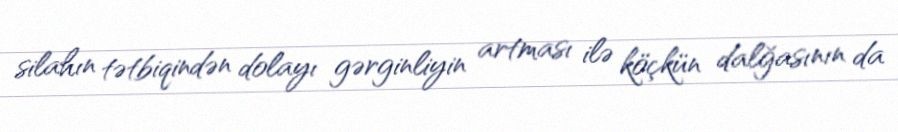
silahın tətbiqindən dolayı gərginliyin artması ilə köçkün dalğasının da